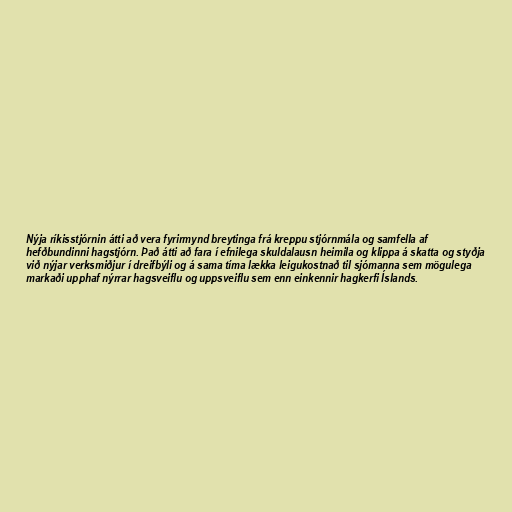
Nýja ríkisstjórnin átti að vera fyrirmynd breytinga frá kreppu stjórnmála og samfella af
hefðbundinni hagstjórn. Það átti að fara í efnilega skuldalausn heimila og klippa á skatta og styðja
við nýjar verksmiðjur í dreifbýli og á sama tíma lækka leigukostnað til sjómanna sem mögulega
markaði upphaf nýrrar hagsveiflu og uppsveiflu sem enn einkennir hagkerfi Íslands.